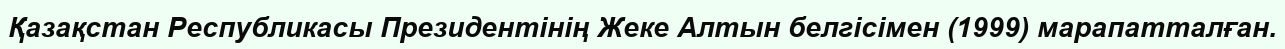
Қазақстан Республикасы Президентінің Жеке Алтын белгісімен (1999) марапатталған.